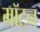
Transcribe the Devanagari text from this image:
मॉटन